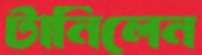
টানিলেন